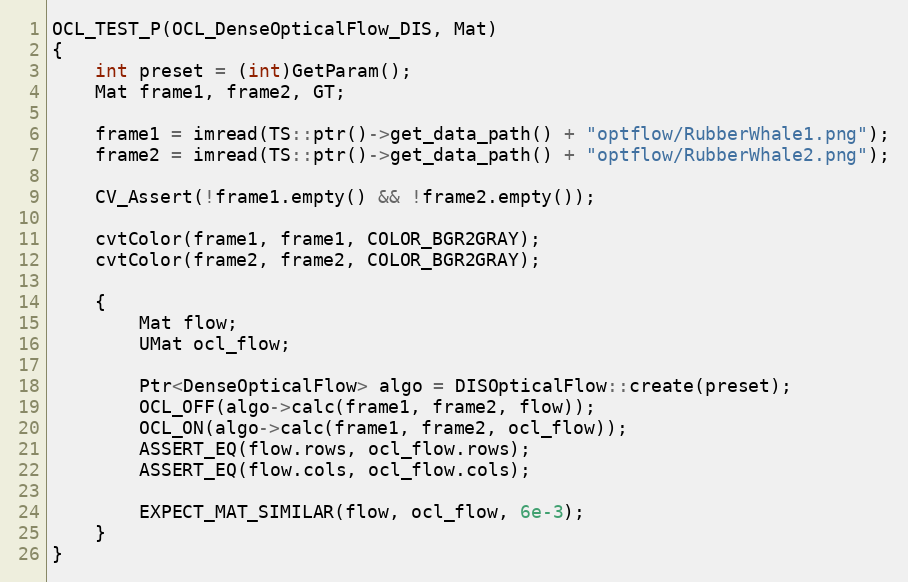
Language: C++
OCL_TEST_P(OCL_DenseOpticalFlow_DIS, Mat)
{
    int preset = (int)GetParam();
    Mat frame1, frame2, GT;

    frame1 = imread(TS::ptr()->get_data_path() + "optflow/RubberWhale1.png");
    frame2 = imread(TS::ptr()->get_data_path() + "optflow/RubberWhale2.png");

    CV_Assert(!frame1.empty() && !frame2.empty());

    cvtColor(frame1, frame1, COLOR_BGR2GRAY);
    cvtColor(frame2, frame2, COLOR_BGR2GRAY);

    {
        Mat flow;
        UMat ocl_flow;

        Ptr<DenseOpticalFlow> algo = DISOpticalFlow::create(preset);
        OCL_OFF(algo->calc(frame1, frame2, flow));
        OCL_ON(algo->calc(frame1, frame2, ocl_flow));
        ASSERT_EQ(flow.rows, ocl_flow.rows);
        ASSERT_EQ(flow.cols, ocl_flow.cols);

        EXPECT_MAT_SIMILAR(flow, ocl_flow, 6e-3);
    }
}